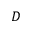
D